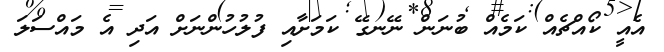
އެއީ ކޯއްޗެއް ކަމެއް ބުނަން ނޭނގޭ ކަމަށާއި ފުލުހުންނަށް އަދި އެ މައްސަލަ